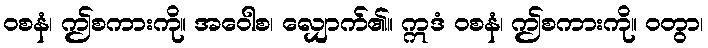
ဝစနံ၊ ဤစကားကို။ အဝေါစ၊ လျှောက်၏။ ဣဒံ ဝစနံ၊ ဤစကားကို။ ဝတွာ၊